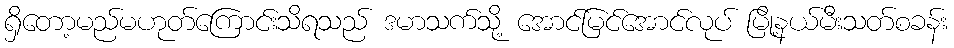
ရှိတော့မည်မဟုတ်ကြောင်းသိရသည် ဒမာသက်သို့ အောင်မြင်အောင်လုပ် မြို့နယ်မီးသတ်စခန်း